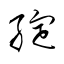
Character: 綻